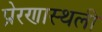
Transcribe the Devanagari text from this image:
प्रेरणास्थली